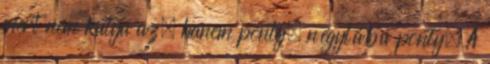
mert nem kutya az, hanem ponty, négylábú ponty. A